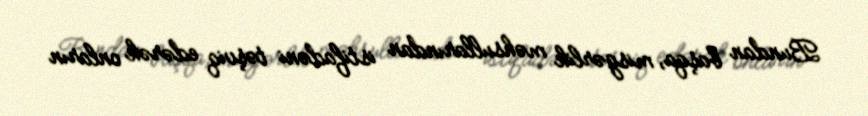
Bundan başqa, misgərlik məhsullarından istifadəni təşviq edərək onların